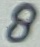
Text: 8